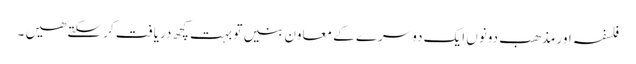
فلسفہ اور مذھب دونوں ایک دوسرے کے معاون بنیں تو بہت کچھ دریافت کر سکتے ھیں ۔